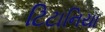
ટિટાનિયા